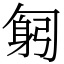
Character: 匑